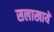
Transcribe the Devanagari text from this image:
सलाखायें